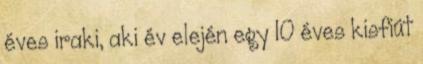
éves iraki, aki év elején egy 10 éves kisfiút